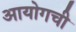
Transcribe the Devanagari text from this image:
आयोगची